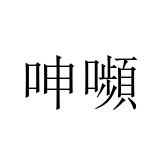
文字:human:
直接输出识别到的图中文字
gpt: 呻嚬